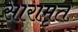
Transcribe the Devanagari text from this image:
सारामृत